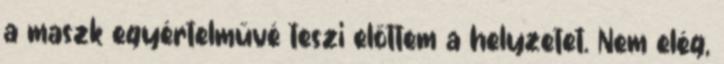
a maszk egyértelművé teszi előttem a helyzetet. Nem elég,